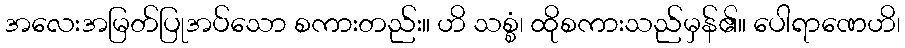
အလေးအမြတ်ပြုအပ်သော စကားတည်း။ ဟိ သစ္စံ၊ ထိုစကားသည်မှန်၏။ ပေါရာဏေဟိ၊